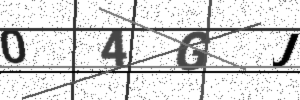
Text: 04GJ